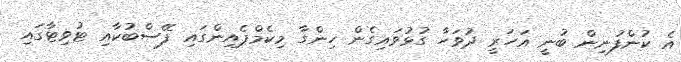
އެ ކުންފުނިން ބުނީ އަހަރީ ދުވަހާ ގުޅުވައިގެން ހިންގާ މިކެމްޕެއިންގައި ފޭސްބުކާއި ޓުވިޓާގައި